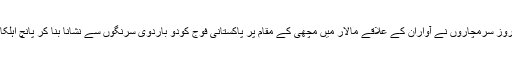
جمعرات ہی کے روز سرمچاروں نے آواران کے علاقے مالار میں مچھی کے مقام پر پاکستانی فوج کودو باردوی سرنگوں سے نشانا بنا کر پانچ اہلکاروں کو ہلاک کیا۔